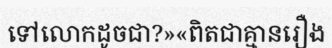
ទៅលោកដូចជា?»«ពិតជាគ្មានរឿង